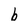
Character: b